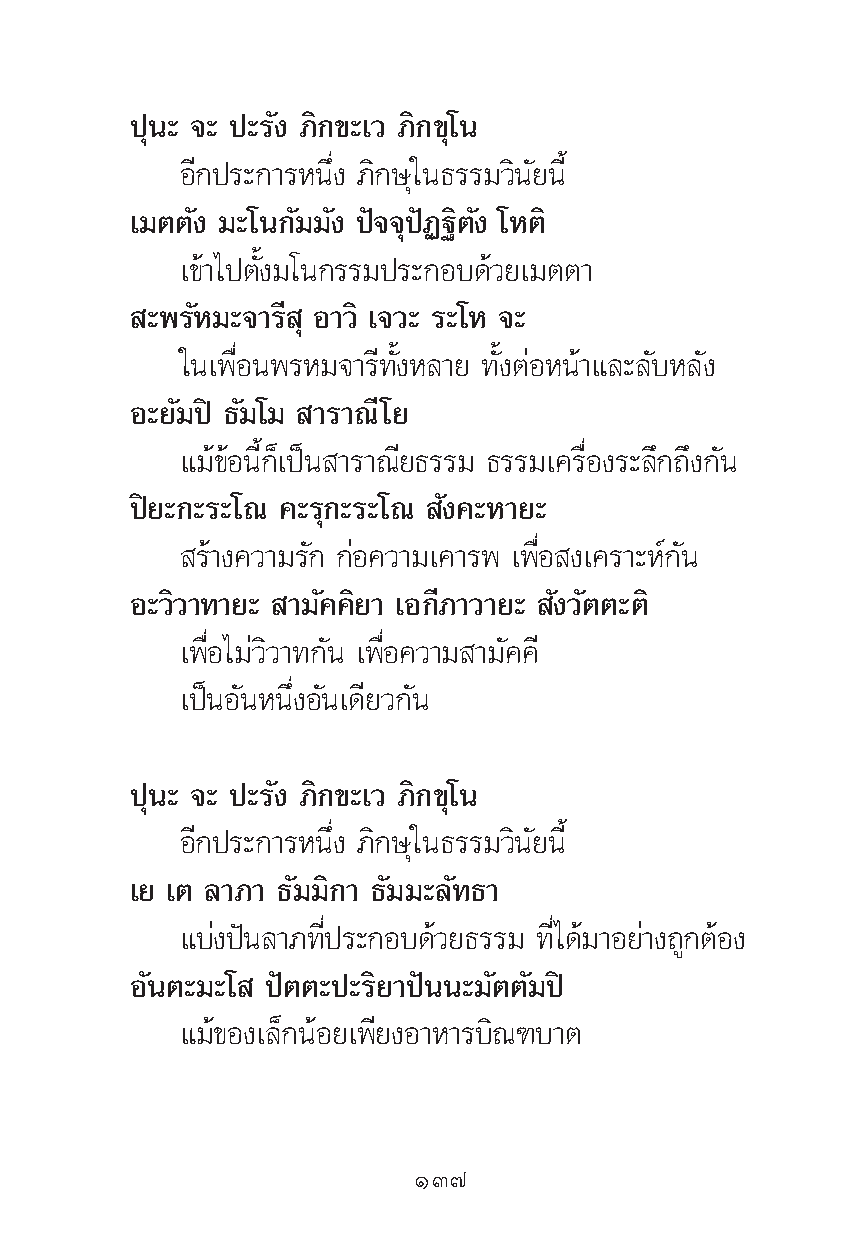
ªÿπ– ®– ª–√—ß ¿‘°¢–‡« ¿‘°¢ÿ‚π
 Õ’°ª√–°“√Àπ÷Ëß ¿‘°…ÿ„π∏√√¡«‘π—¬π’È
 ‡¡μμ—ß ¡–‚π°—¡¡—ß ªí®®ÿªíØ∞‘μ—ß ‚Àμ‘
 ‡¢â“‰ªμ—Èß¡‚π°√√¡ª√–°Õ∫¥â«¬‡¡μμ“
 –æ√—À¡–®“√’ ÿ Õ“«‘ ‡®«– √–‚À ®–
 „π‡æ◊ËÕπæ√À¡®“√’∑—ÈßÀ≈“¬ ∑—ÈßμàÕÀπâ“·≈–≈—∫À≈—ß
 Õ–¬—¡ªî ∏—¡‚¡ “√“≥’‚¬
 ·¡â¢âÕπ’È°Á‡ªìπ “√“≥’¬∏√√¡ ∏√√¡‡§√◊ËÕß√–≈÷°∂÷ß°—π
 ªî¬–°–√–‚≥ §–√ÿ°–√–‚≥ —ß§–À“¬–
 √â“ß§«“¡√—° °àÕ§«“¡‡§“√æ ‡æ◊ËÕ ß‡§√“–Àå°—π
 Õ–«‘«“∑“¬– “¡—§§‘¬“ ‡Õ°’¿“«“¬– —ß«—μμ–μ‘
 ‡æ◊ËÕ‰¡à«‘«“∑°—π ‡æ◊ËÕ§«“¡ “¡—§§’
 ‡ªìπÕ—πÀπ÷ËßÕ—π‡¥’¬«°—π
 ªÿπ– ®– ª–√—ß ¿‘°¢–‡« ¿‘°¢ÿ‚π
 Õ’°ª√–°“√Àπ÷Ëß ¿‘°…ÿ„π∏√√¡«‘π—¬π’È
 ‡¬ ‡μ ≈“¿“ ∏—¡¡‘°“ ∏—¡¡–≈—∑∏“
 ·∫àßªíπ≈“¿∑’Ëª√–°Õ∫¥â«¬∏√√¡ ∑’Ë‰¥â¡“Õ¬à“ß∂Ÿ°μâÕß
 Õ—πμ–¡–‚ ªíμμ–ª–√‘¬“ªíππ–¡—μμ—¡ªî
 ·¡â¢Õß‡≈Á°πâÕ¬‡æ’¬ßÕ“À“√∫‘≥±∫“μ
 ÒÛ˜